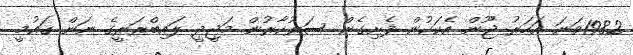
1982ވަނަ އަހަރު ޖޫން އެކަކުން ފެށިގެން ސަރުކާރުން މަޖީދީ ލައިބްރަރީގެ ނަން ޤައުމީ